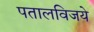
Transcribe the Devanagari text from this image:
पतालविजये